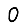
Digit: 0